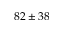
8 2 \pm 3 8